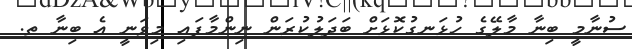
ސުނާމީ ބިނާ މާލޭގެ ހުޅަނގުކޮޅަށް ބަދަލުކުރަން ނިންމާފައި މިވަނީ އެ ބިނާ ތ.